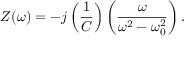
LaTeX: Z ( \omega ) = - j \left( { \frac { 1 } { C } } \right) \left( { \frac { \omega } { \omega ^ { 2 } - \omega _ { 0 } ^ { 2 } } } \right) .